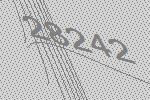
28242